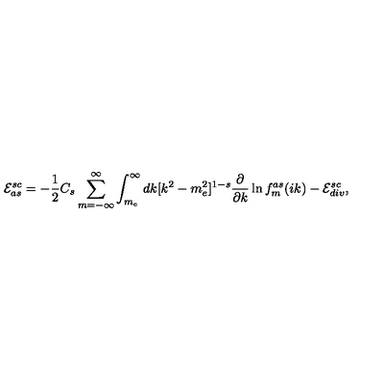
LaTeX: { \cal E } _ { a s } ^ { s c } = - \frac 1 2 C _ { s } \sum _ { m = - \infty } ^ { \infty } \int _ { m _ { e } } ^ { \infty } d k [ k ^ { 2 } - m _ { e } ^ { 2 } ] ^ { 1 - s } \frac { \partial } { \partial k } \ln f _ { m } ^ { a s } ( i k ) - { \cal E } _ { d i v } ^ { s c } ,